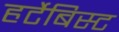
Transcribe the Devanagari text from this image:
हर्टेबिस्ट